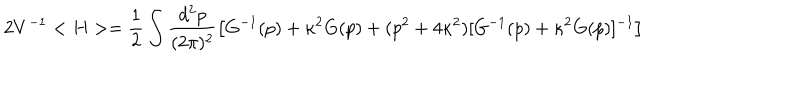
LaTeX: 2 V ^ { - 1 } < H > = \frac { 1 } { 2 } \int \frac { d ^ { 2 } p } { ( 2 \pi ) ^ { 2 } } \left[ G ^ { - 1 } ( p ) + \kappa ^ { 2 } G ( p ) + ( p ^ { 2 } + 4 \kappa ^ { 2 } ) [ G ^ { - 1 } ( p ) + \kappa ^ { 2 } G ( p ) ] ^ { - 1 } \right]